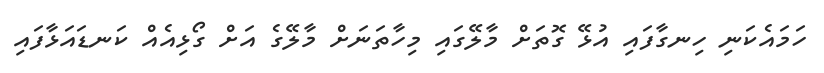
ހަމައެކަނި ހިނގާފައި އުޅޭ ގޮތަށް މާލޭގައި މިހާތަނަށް މާލޭގެ އަށް ގޯޅިއެއް ކަނޑައަޅާފައި